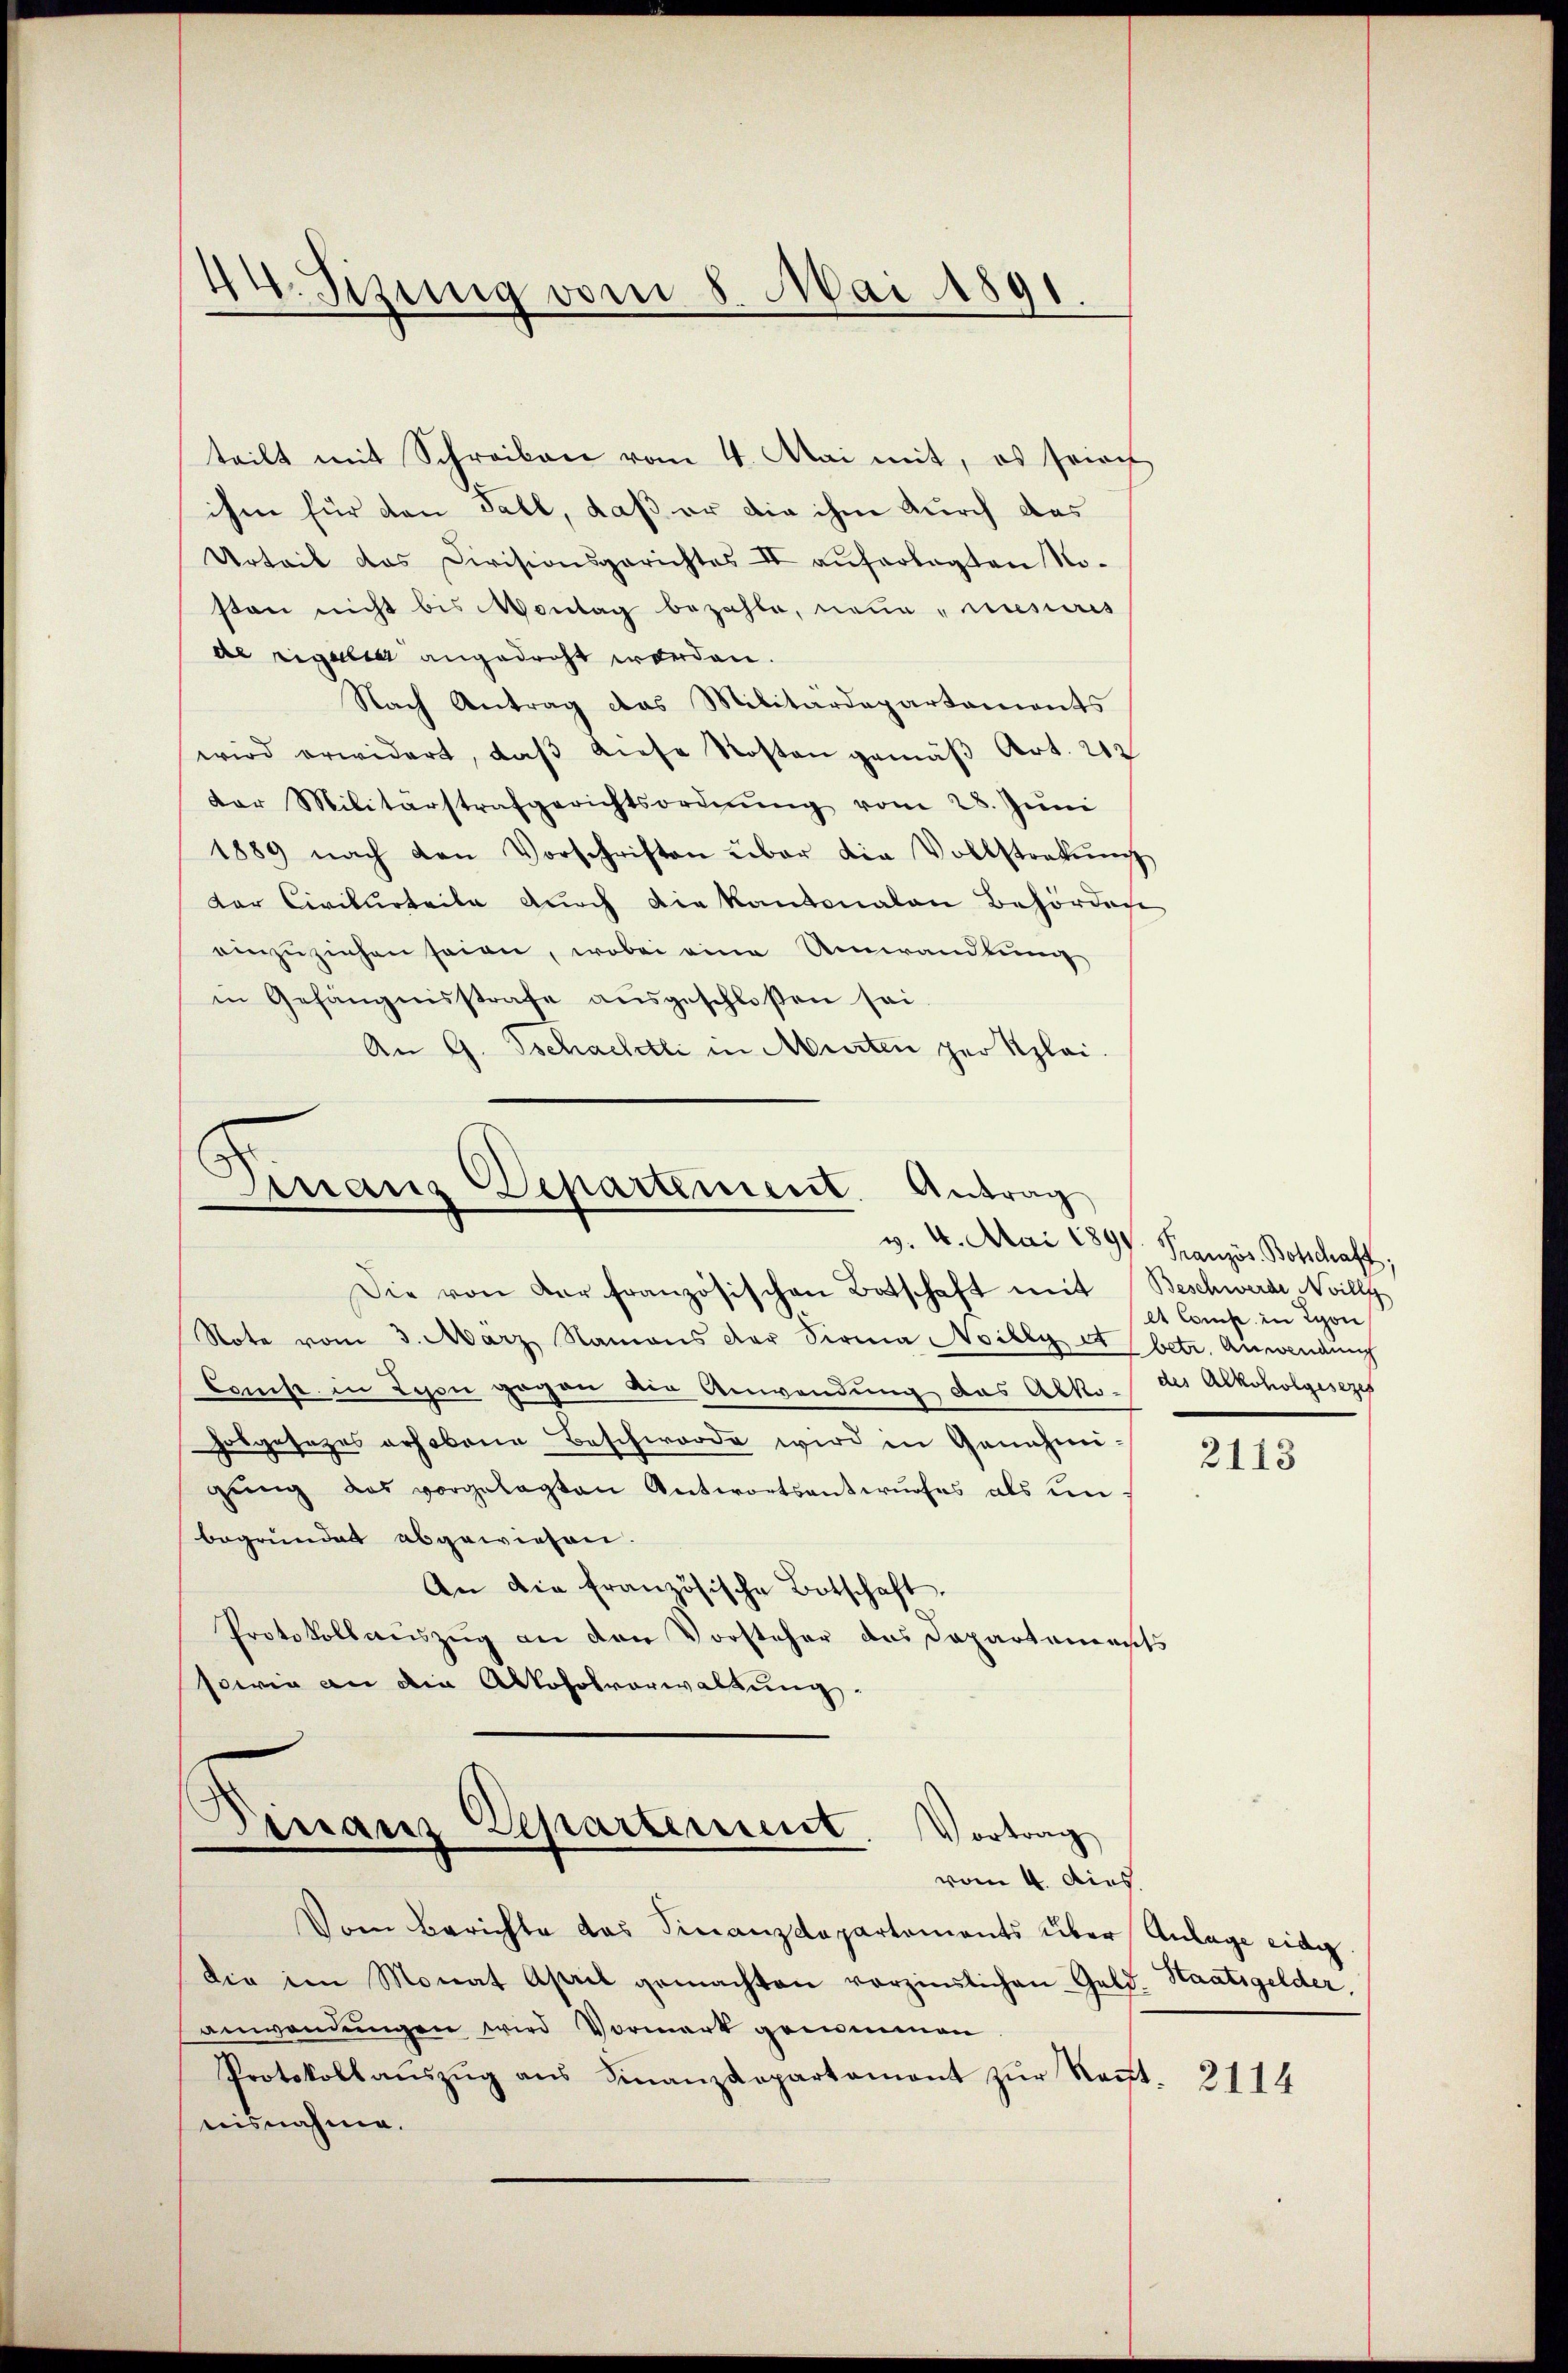
teilt mit Schreiben vom 4. Mai mit, es seinch
ihm für den Fall, daß er die ihm durch das
Urteil das Divisionsgerichtes II aŭferlegten No-
sten nicht bis Montag bezahle, neue miseris
de regalia angedroht werden.
Nach Antrag das Militärdepartements
wird erwidert, daβ diese Kosten gemäβ Art. 212
der Militärstrafgerichtsordnŭng vom 28. Jŭni
1889 nach den Vorschriften über die Vollstratŭng
der Civilurteile durch die Kantonalen Behörden
einzŭziehen seien, wobei eine Umwandlung
in Gefängnisstrafe aŭsgeschloßen sei.
An G. Tschachli in Murten per Klei¬

44. Sizung vom 8. Mai 1891.

Finanz Departement. Antrag
v. 4. Mai 1890. Französ. Botschaft.

Die von der französischen Botschaft mit Beschwerde Noilly
Note vom 3. März Namens der Sirma Noilly et betr. Anwendung
Comise in Lyon gegen die Anwendung das Abko- des Alkoholgesezes
hosgesezes erhobene Beschworde wird in Genehmigung das vorgelegten Antwortsentwurfes als unbegründet abgewiesen.
An die französische Botschaft.
Protokollauszug an den Vorsteher das Dapartements
sowie an die Alkoholverwaltung.

Dinanz Departement
ortrag
vom 4. dies.

Vom Berichte das Finanzdepartements über Anlage eidg.
die im Monat April gemachten vorzinslichen Geld. Staatsgelder,
anwendungen wird Vormerk genommen
Protokollaŭszŭg ans Finanzdepartament zŭr Reŭt. 2114
nisnahme.

et Comp. in Lyon

2113